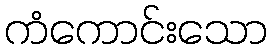
ကံကောင်းသော